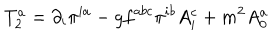
T _ { 2 } ^ { a } = \partial _ { i } \pi ^ { i a } - g f ^ { a b c } \pi ^ { i b } A _ { i } ^ { c } + m ^ { 2 } A _ { 0 } ^ { a }